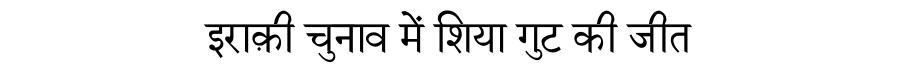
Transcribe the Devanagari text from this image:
इराक़ी चुनाव में शिया गुट की जीत